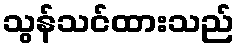
သွန်သင်ထားသည်